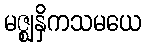
မဇ္ဈနှိကသမယေ